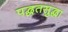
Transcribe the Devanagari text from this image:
पद्धतसुद्धा